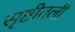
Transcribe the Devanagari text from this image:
सृष्टीतली